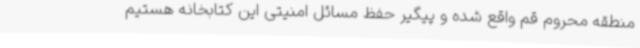
منطقه محروم قم واقع شده و پیگیر حفظ مسائل امنیتی این کتابخانه هستیم